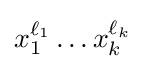
x_{1}^{\ell _{1}}\dots x_{k}^{\ell _{k}}